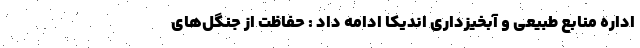
اداره منابع طبیعی و آبخیزداری اندیکا ادامه داد : حفاظت از جنگل‌های